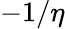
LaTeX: -1/\eta